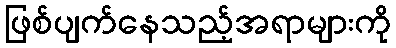
ဖြစ်ပျက်နေသည့်အရာများကို